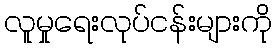
လူမှုရေးလုပ်ငန်းများကို